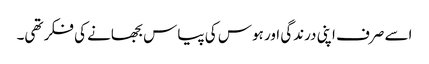
اسے صرف اپنی درندگی اور ہوس کی پیاس بجھانے کی فکر تھی۔